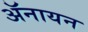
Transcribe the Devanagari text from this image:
ॲनायन